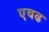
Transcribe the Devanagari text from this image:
एवढ